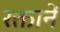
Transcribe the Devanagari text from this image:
रक्तानें